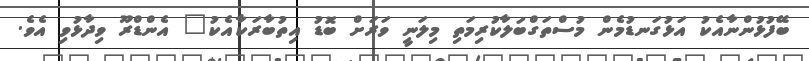
ބޭފުޅުންނާއެކު އަޅުގަނޑުމެން މުސްތަގްބަލާކުރިމަތި މިލަނީ ވަރަށް ބޮޑު އިތުބާރަކާއެކު" އެންޑްރޫ ވިދާޅުވި އެވެ.